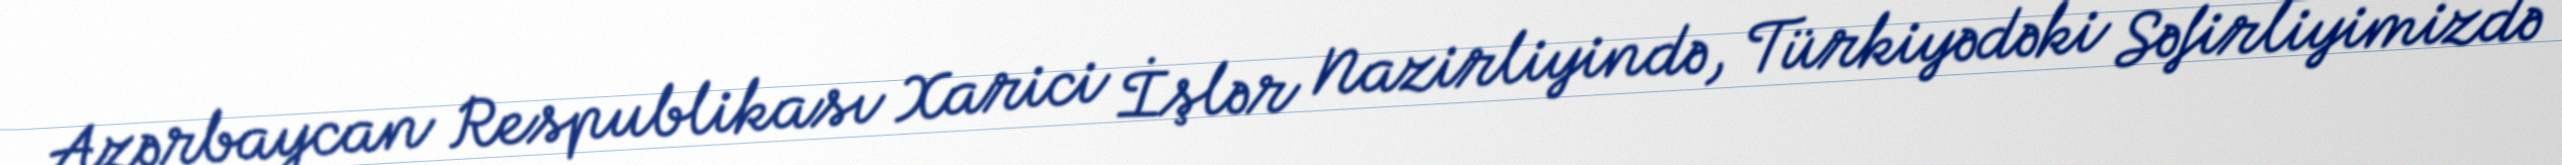
Azərbaycan Respublikası Xarici İşlər Nazirliyində, Türkiyədəki Səfirliyimizdə